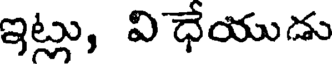
ఇట్లు, వి ధేయుడు